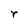
Character: r